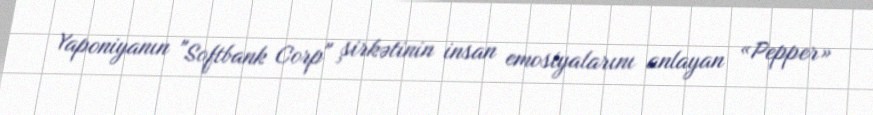
Yaponiyanın "Softbank Corp" şirkətinin insan emosiyalarını anlayan «Pepper»